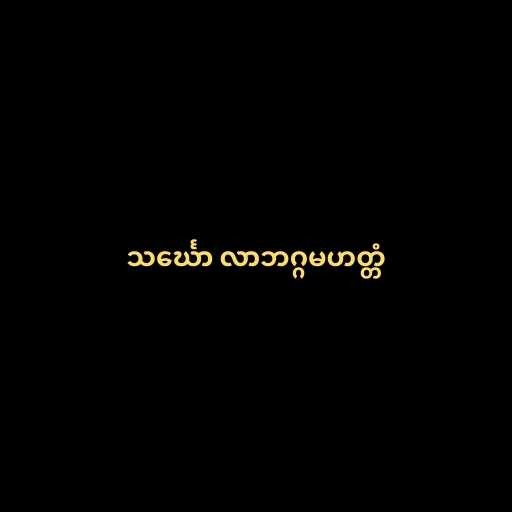
သင်္ဃော လာဘဂ္ဂမဟတ္တံ